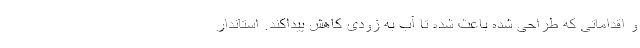
و اقداماتی که طراحی شده باعث شده تا آب به زودی کاهش پیداکند. استاندار